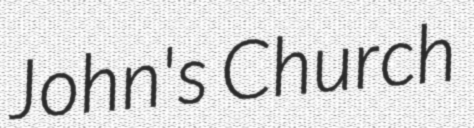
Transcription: John's Church